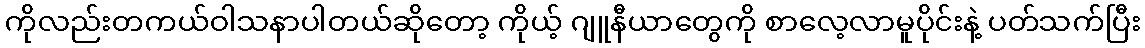
ကိုလည်းတကယ်ဝါသနာပါတယ်ဆိုတော့ ကိုယ့် ဂျူနီယာတွေကို စာလေ့လာမူပိုင်းနဲ့ ပတ်သက်ပြီး